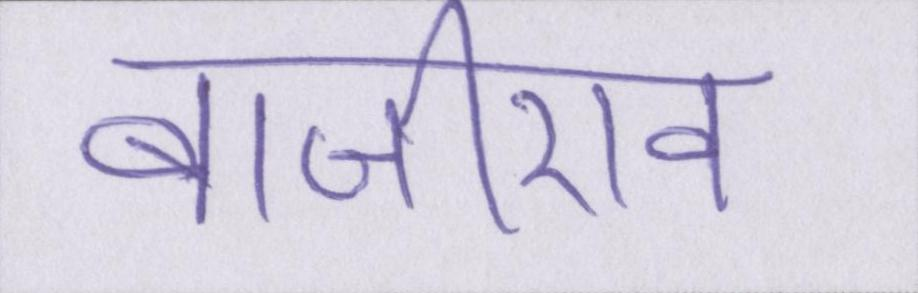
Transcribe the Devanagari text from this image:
बाजीराव